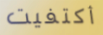
أكتفيت